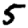
Digit: 5